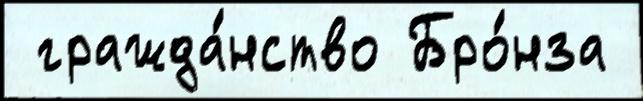
 гражда́нство Бро́нза